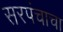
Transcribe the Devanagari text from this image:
सरपंचाचा